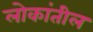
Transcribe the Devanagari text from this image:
लोकांतील